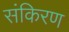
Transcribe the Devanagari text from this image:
संकिरण